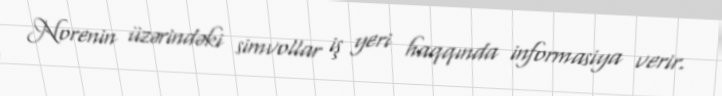
Norenin üzərindəki simvollar iş yeri haqqında informasiya verir.